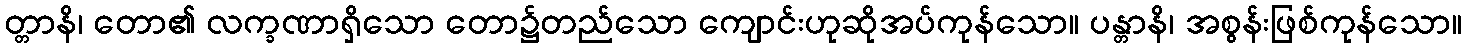
တ္တာနိ၊ တော၏ လက္ခဏာရှိသော တော၌တည်သော ကျောင်းဟုဆိုအပ်ကုန်သော။ ပန္တာနိ၊ အစွန်းဖြစ်ကုန်သော။